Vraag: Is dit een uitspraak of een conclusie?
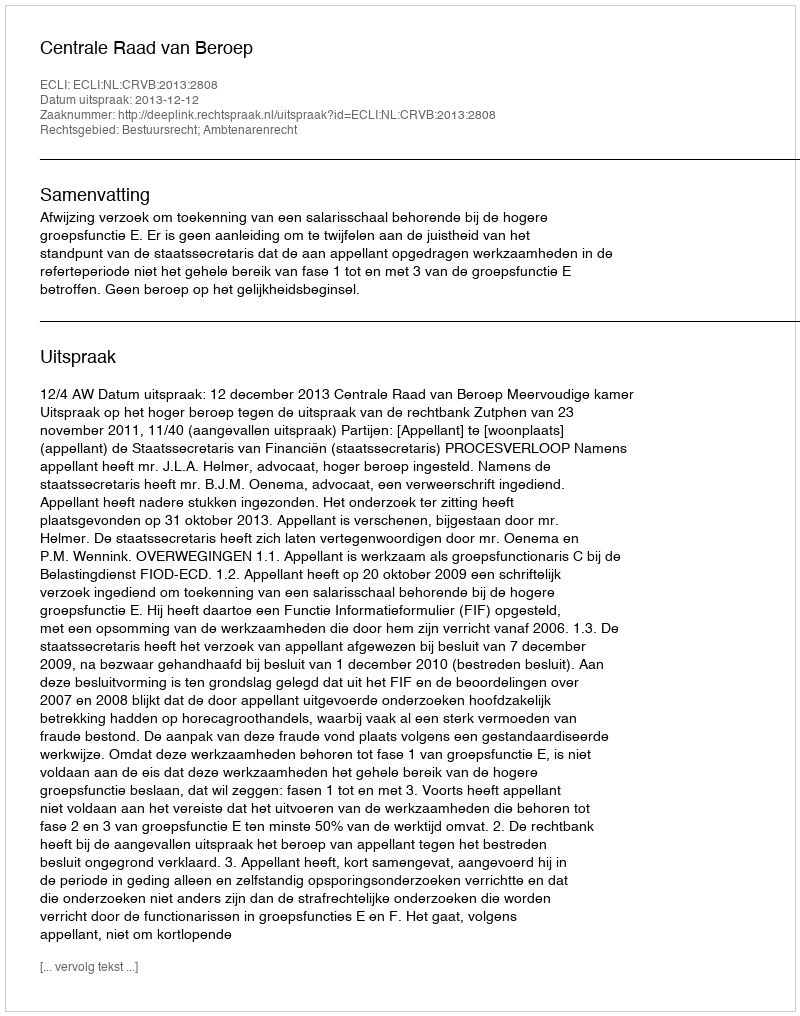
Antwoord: Uitspraak